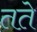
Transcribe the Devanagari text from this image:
तते